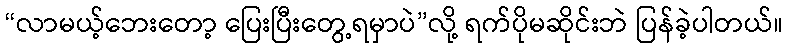
“လာမယ့်ဘေးတော့ ပြေးပြီးတွေ့ရမှာပဲ”လို့ ရက်ပိုမဆိုင်းဘဲ ပြန်ခဲ့ပါတယ်။